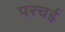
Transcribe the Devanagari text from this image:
परचई